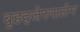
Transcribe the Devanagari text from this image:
बृहद्‌जेरुसलेम